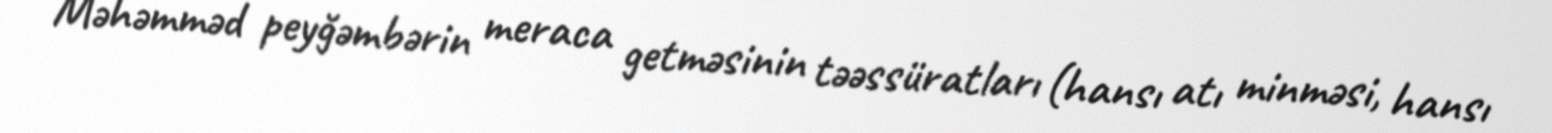
Məhəmməd peyğəmbərin meraca getməsinin təəssüratları (hansı atı minməsi, hansı